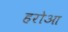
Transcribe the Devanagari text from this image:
हरोआ